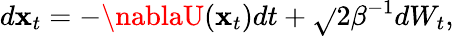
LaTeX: d\mathbf{x}_{t}=-\nablaU(\mathbf{x}_{t})dt+\sqrt{}{{2\beta^{-1}}}dW_{t},